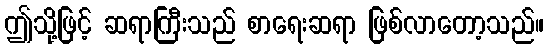
ဤသို့ဖြင့် ဆရာကြီးသည် စာရေးဆရာ ဖြစ်လာတော့သည်။